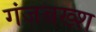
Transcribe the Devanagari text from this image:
गंजबख्श